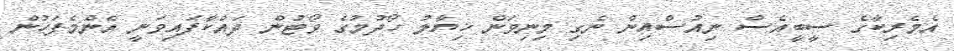
އެމެރިކާގެ ސީބީއެސް ނިއުސްއިން ނެގި މިނިވަން ޚިޔާލު ހޯދުމުގެ ވޯޓުން ދައްކާފައިވަނީ އެންމެފަހުން